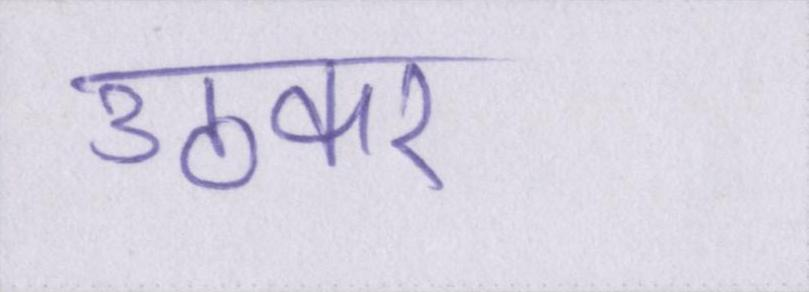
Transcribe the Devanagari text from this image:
उठकर